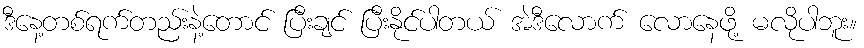
ဒီနေ့တစ်ရက်တည်းနဲ့တောင် ပြီးချင် ပြီးနိုင်ပါတယ် အဲဒီလောက် လောနေဖို့ မလိုပါဘူး။